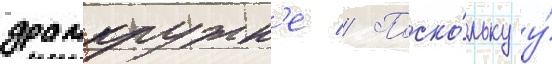
драмкружк'е // Поско́льку у́